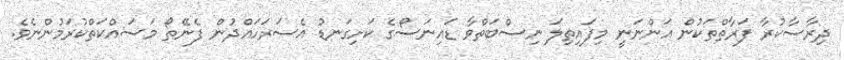
ދިރާސާކުރާ ފަރާތްތަކުން އަންނަނީ މިފައިތިލަ ނިސްބަތްވާ ޑައިނަސޯގެ ކަށިގަނޑު އެސަރަހައްދުން ފެނޭތޯ މަސައްކަތްކުރަމުންނެވެ.